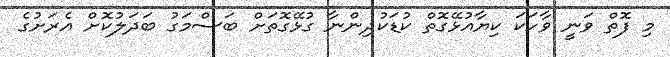
މި ފޮތް ވަނީ ވާހަކަ ކިޔާއުޅޭގޮތް ކުޑަކުދިންނާ ގުޅޭގޮތަށް ބަސްމަގު ބަދަލުކޮށް އެރަށުގެ